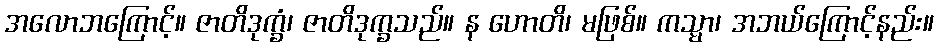
အလောဘကြောင့်။ ဇာတိဒုက္ခံ၊ ဇာတိဒုက္ခသည်။ န ဟောတိ၊ မဖြစ်။ ကသ္မာ၊ အဘယ်ကြောင့်နည်း။